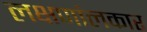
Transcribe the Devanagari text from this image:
लक्षणांलकार